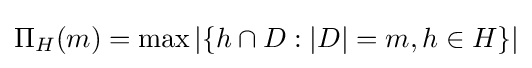
\Pi _{H}(m)=\max |\{h\cap D:|D|=m,h\in H\}|